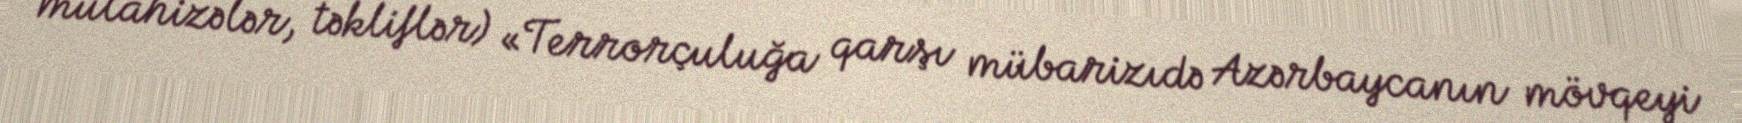
mülahizələr, təkliflər) «Terrorçuluğa qarşı mübarizıdə Azərbaycanın mövqeyi